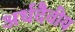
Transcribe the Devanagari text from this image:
अर्धदैवीय